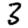
Digit: 3